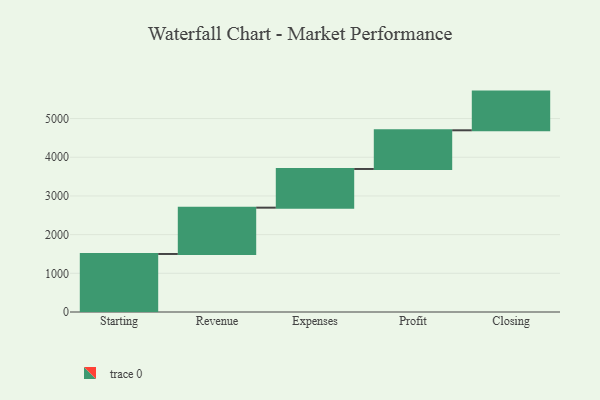
{"axis": {"x": "Step", "y": "Value"}, "legend": [""], "data": [{"x": "Starting", "y": 1500.0, "type": ""}, {"x": "Revenue", "y": 1197.0, "type": ""}, {"x": "Expenses", "y": 1000, "type": ""}, {"x": "Profit", "y": 1000, "type": ""}, {"x": "Closing", "y": 1000, "type": ""}]}